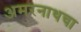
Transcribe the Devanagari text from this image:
अमरनाथचा